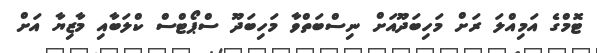
ޓޮމްގެ އަމިއްލަ ރަށް މަހިބަދޫއަށް ނިސްބަތްވާ މަހިބަދޫ ސްޕޯޓްސް ކްލަބާއި މާޒިޔާ އަށް